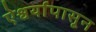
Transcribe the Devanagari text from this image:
ऐश्वर्यापासून